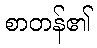
စာတန်၏